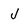
Character: J